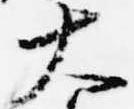
大